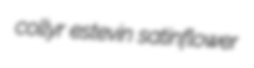
collyr estevin satinflower